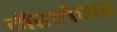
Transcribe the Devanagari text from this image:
गैरलेजर